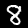
Label: 8